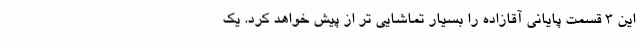
این 3 قسمت پایانی آقازاده را بسیار تماشایی تر از پیش خواهد کرد. یک